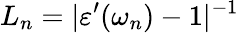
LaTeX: L_{n}=|\varepsilon^{\prime}(\omega_{n})-1|^{-1}